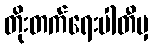
တိုးတက်ရေးပါတီမှ